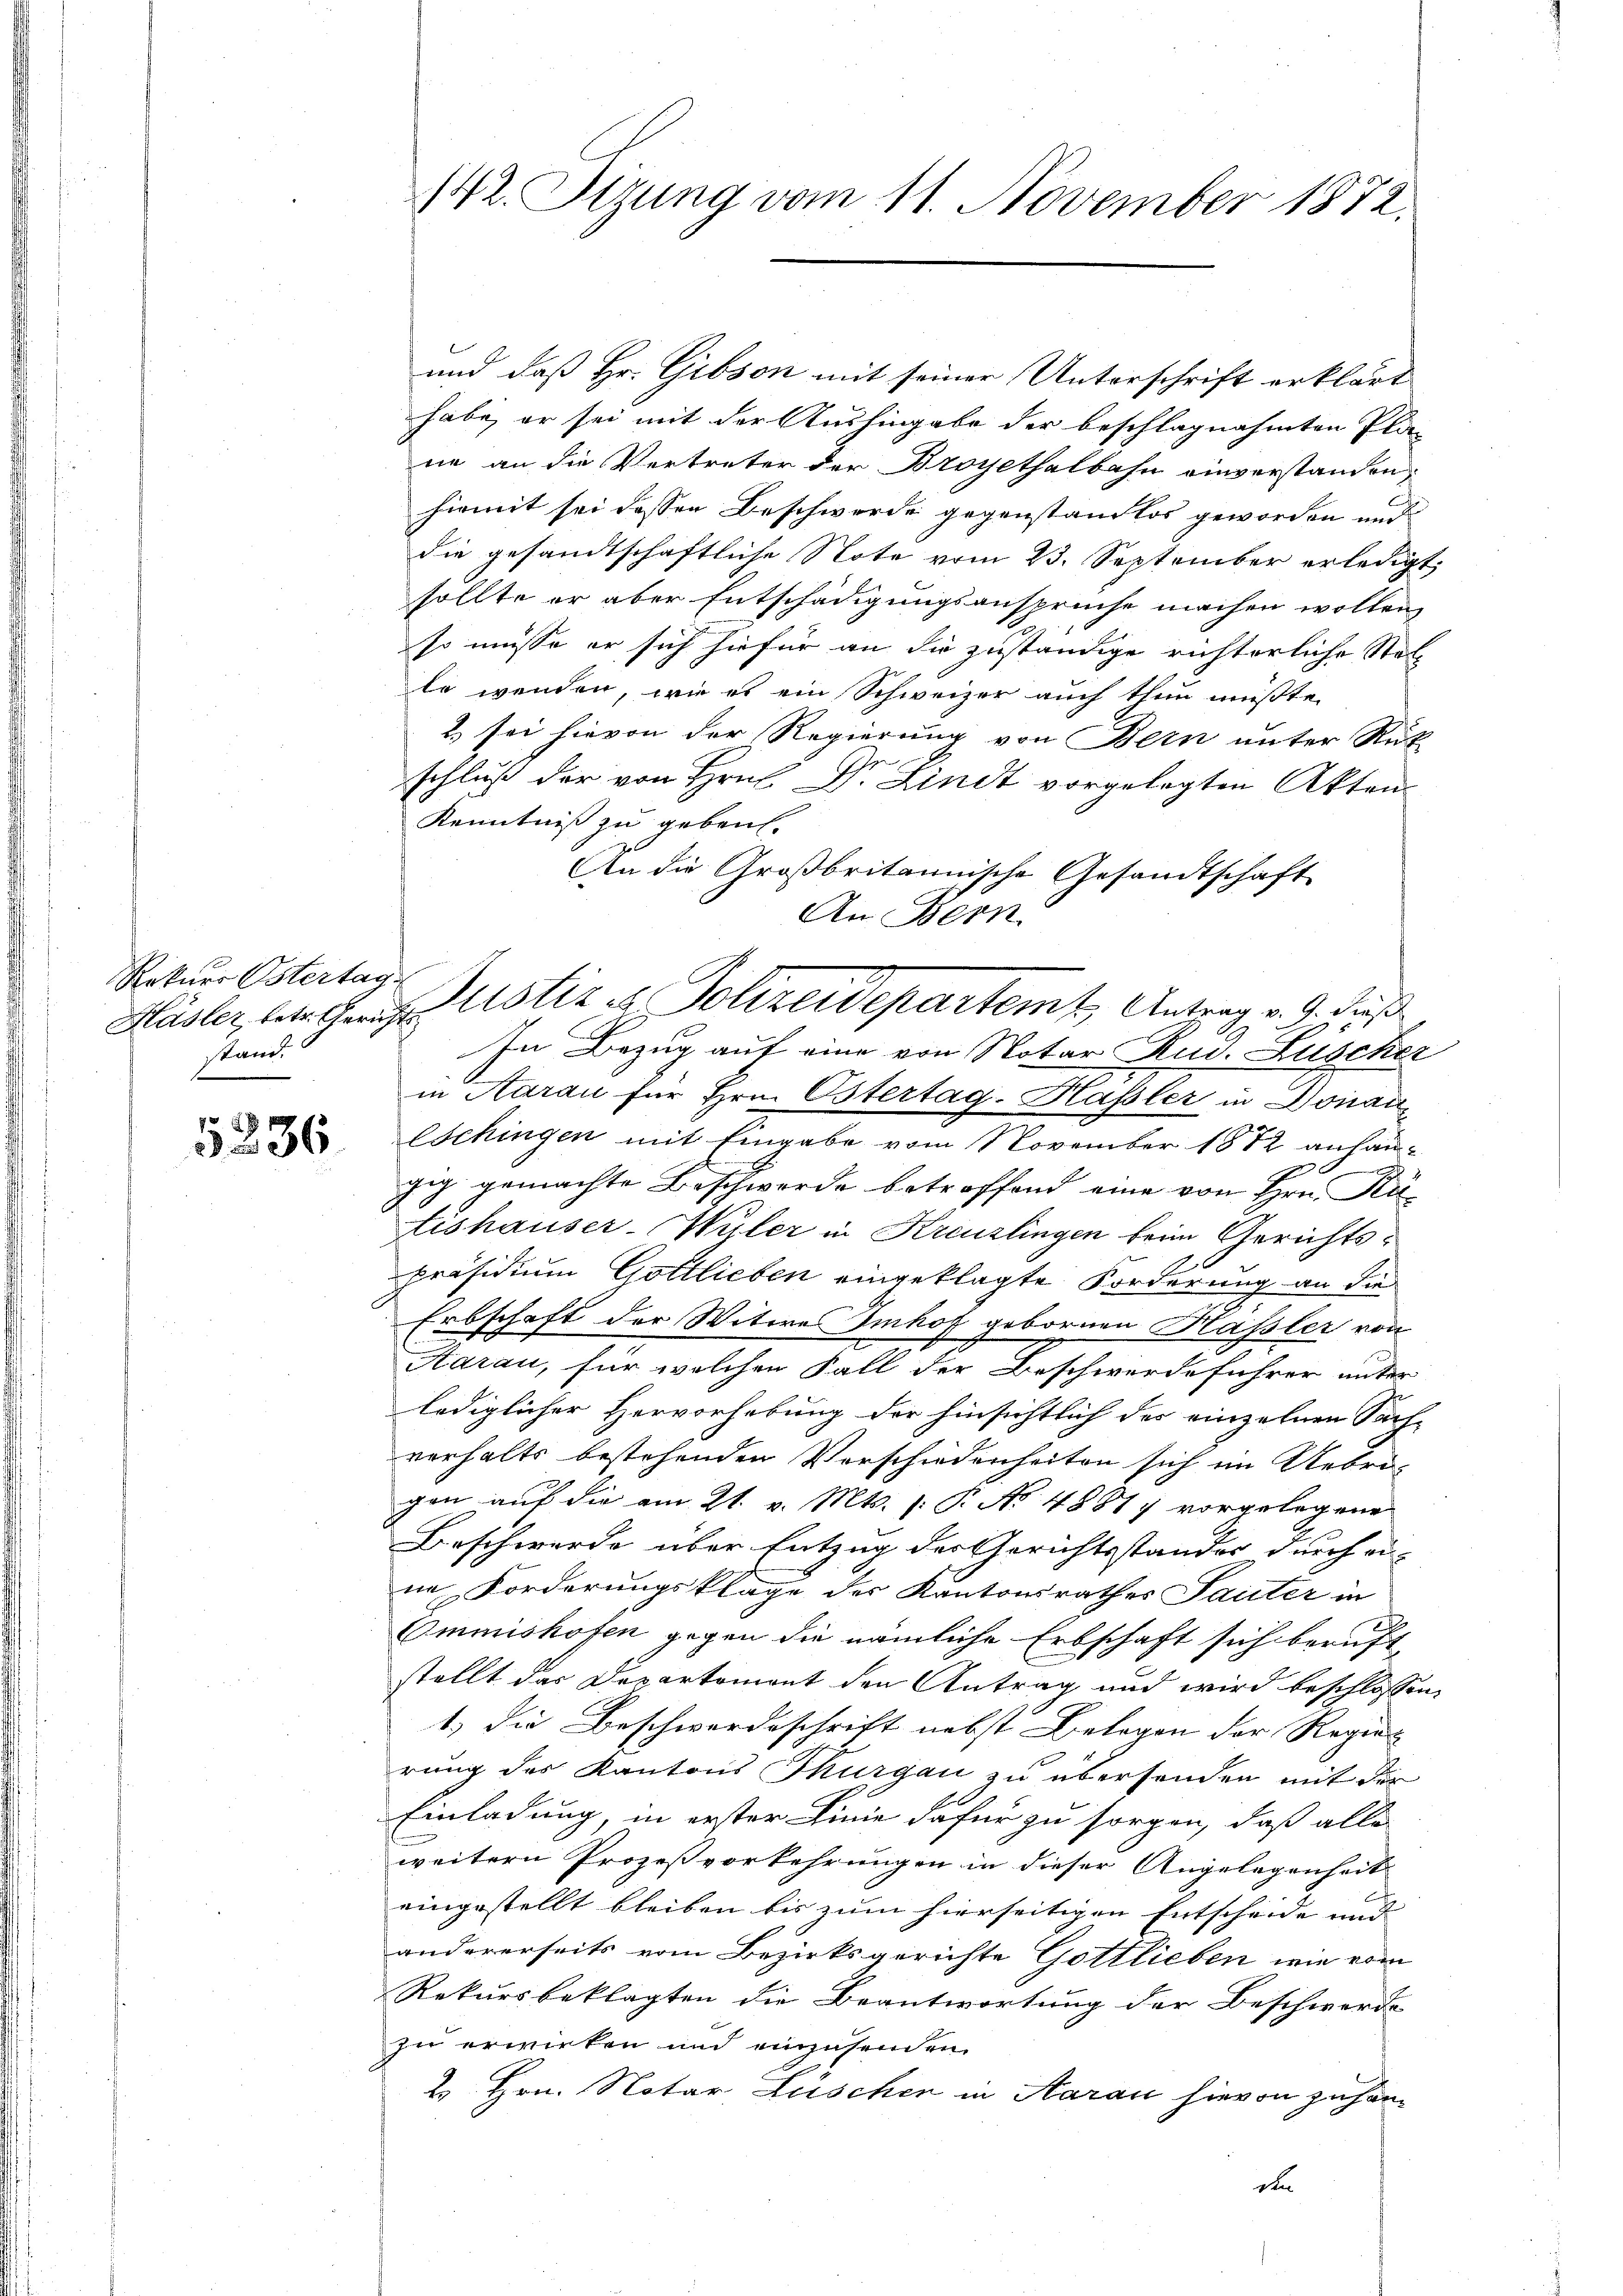
Rekurs Ostertag
stand.

5336

142. Sitzung vom 11. November 1872.

und daß Hr. Gibson mit seiner Unterschrift erklärt
habe, er sei mit der Aushingabe der beschlagnahmten Pla-
ne an die Vertreter der Broyethalbahn einverstanden
hiemit sei dessen Beschwerde gegenstandlos geworden und
die gesandtschaftliche Note vom 23. September erledigt,
sollte er aber Entschädigungsansprüche machen wollen,
so müsse er sich hiefür an die zuständige richterliche Stelle wenden, wie es ein Schweizer auch thun müßte.
2) sei hievon der Regierung von Bern unter Rück
h.
schluß der von Hrn. D. Lindt vorgelegten Akten.
Kenntniß zu gebaut.
An die Großbritannische Gesandtschaft
In Bezug auf eine von Notar Rud. Lüscher
in Aarau für Hrn. Ostertag-Haßler in Donau
Eschingen mit Eingabe vom November 1872 anhän¬
E
zig gemachte Beschwerde betroffend eine von Hrn. Rü-
ishauser-Wyler in Kreuzlingen beim Gerichts¬
Präsidium Gottlieben eingeklagte Forderung an die
Erbschaft der Witwe Imhof gebornen Hässler von
Aarau, für welchen Fall der Beschwerdeführer unter
lediglicher Hervorhebung der hinsichtlich des einzelnen Sach-
verhalts bestehenden Vorschiedenheiten sich im Uebrigen auf die am 21. v. Mts. (: P. No 48877 vorgelegene
Beschwerde über Entzug des Gerichtsstandes durch ei-
ne Forderungsklage des Kantonsrathes Sauter in
Ommishofen gegen die nämliche Erbschaft sich beruft
stellt das Departemont den Antrag und wird beschlossen,
1.) Die Beschwerdeschrift nebst Belegen der Regier
rung des Kantons Thurgau zu übersenden mit der
Einladung, in erster Linie dafür zu sorgen, daß alle
weitern Prozeßvorkehrungen in dieser Angelegenheit
eingestellt bleiben bis zum hierseitigen Entscheide und |
andererseits vom Bezirksgerichte Gottlieben wie vom
Rekursbeklagten die Beantwortung der Beschwerde
zu erwirken und einzusenden.
2. Hrn. Notar Lüschen in Aarau hievon zuhande

An Bern
Hasler, betrefern Astiz u. Polizeidepartem Antrag v. 9. dieß